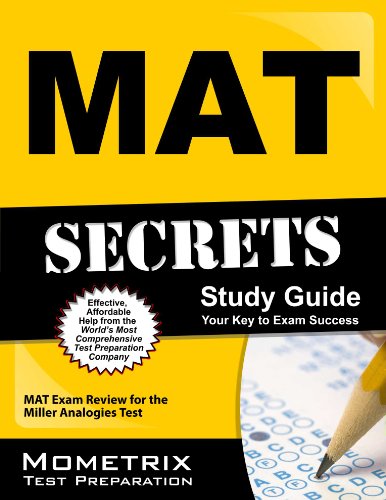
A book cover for MAT Secrets Study Guide: MAT Exam Review for the Miller Analogies Test; MAT Exam Secrets Test Prep Team; Test Preparation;